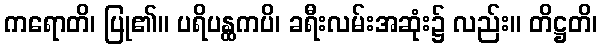
ကရောတိ၊ ပြု၏။ ပရိပန္ထကပိ၊ ခရီးလမ်းအဆုံး၌ လည်း။ တိဋ္ဌတိ၊